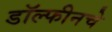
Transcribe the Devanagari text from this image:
डॉल्फीनचे